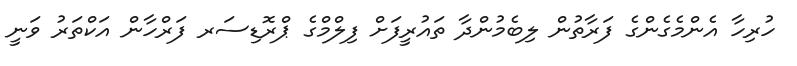
ހުރިހާ އެންމެގެންގެ ފަރާތުން ލިބެމުންދާ ތައުރީފަށް ފިލްމްގެ ޕްރޮޑިސަރ ފަރްހާން އަކްތަރު ވަނީ